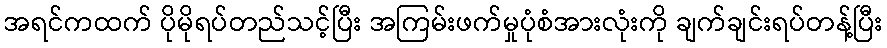
အရင်ကထက် ပိုမိုရပ်တည်သင့်ပြီး အကြမ်းဖက်မှုပုံစံအားလုံးကို ချက်ချင်းရပ်တန့်ပြီး